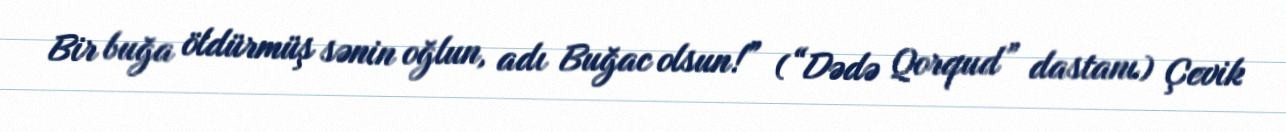
Bir buğa öldürmüş sənin oğlun, adı Buğac olsun!” (“Dədə Qorqud” dastanı) Çevik